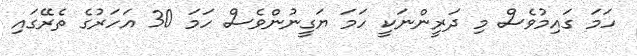
ހަމަ ގައިމުވެސް މި ދަރީންނަކީ ހަމަ ޔަގީނުންވެސް ހަމަ 30 އަހަރުގެ ތެރޭގައި